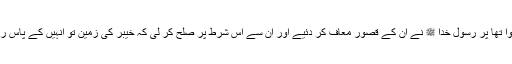
یہودیوں کی شرارتوں سے سب مسلمانوں کا جی جلا ہوا تھا پر رسول خدا ﷺ نے ان کے قصور معاف کر دئیے اور ان سے اس شرط پر صلح کر لی کہ خیبر کی زمین تو انہیں کے پاس رہے، وہ صرف آدھی پیداوار مسلمانوں کے دیتے رہیں۔